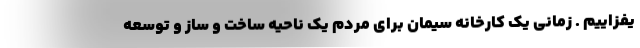
یفزاییم . زمانی یک کارخانه سیمان برای مردم یک ناحیه ساخت و ساز و توسعه